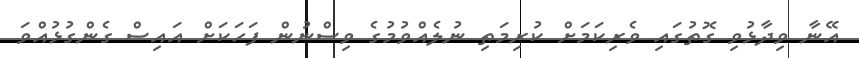
އޭނާ ވިދާޅުވި ގޮތުގައި ވެރިކަމަށް ކުރިމަތި ނުލެއްވުމުގެ ވިސްނުން ފަހަކަށް އައިސް ގެންގުޅުއްވަ